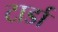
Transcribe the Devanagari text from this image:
टार्डा